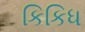
કિકિધ